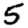
Digit: 5